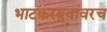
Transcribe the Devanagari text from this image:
भाटकरबुवांवरच